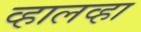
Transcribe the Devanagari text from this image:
व्हालव्हा